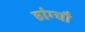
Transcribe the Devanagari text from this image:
हांग्चौ